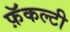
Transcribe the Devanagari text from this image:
फ़ॅकल्टी